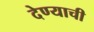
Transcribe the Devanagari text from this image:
देण्‍याची